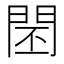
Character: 𨴈